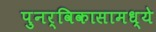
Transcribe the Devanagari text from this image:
पुनर्विकासामध्ये